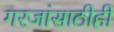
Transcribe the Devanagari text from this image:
गरजांसाठीही